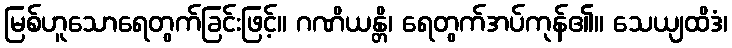
မြစ်ဟူသောရေတွက်ခြင်းဖြင့်။ ဂဏိယန္တိ၊ ရေတွက်အပ်ကုန်၏။ သေယျထိဒံ၊